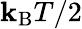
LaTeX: \mathbf{k}_{\mathrm{{B}}}T/2